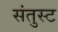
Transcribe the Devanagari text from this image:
संतुस्ट